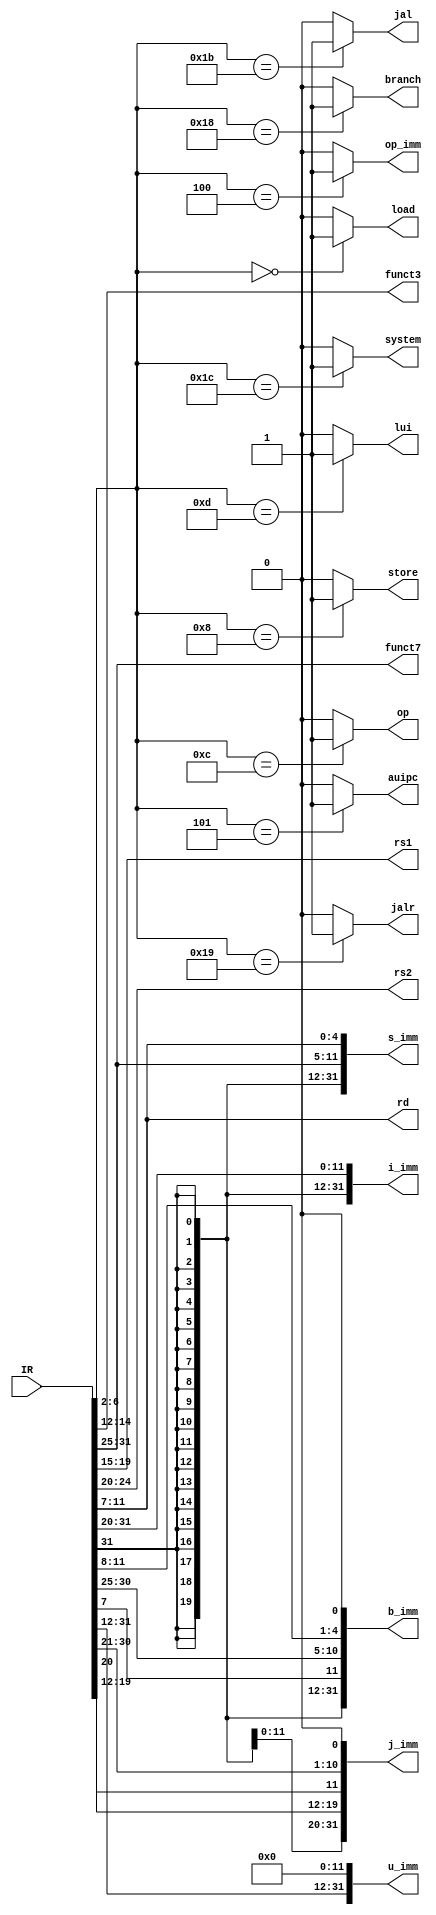
module decoder (input [31:0] IR,
                output [2:0] funct3,
                output [6:0] funct7,
                output [4:0] rs1,
                output [4:0] rs2,
                output [4:0] rd,
                output [31:0] i_imm,
                output [31:0] s_imm,
                output [31:0] b_imm,
                output [31:0] u_imm,
                output [31:0] j_imm,
                output load,
                output store,
                output branch,
                output jalr,
                output jal,
                output lui,
                output auipc,
                output op_imm,
                output op,
                output system);
assign funct3[2:0] = IR[14:12];
assign funct7[6:0] = IR[31:25];
assign rs1[4:0]    = IR[19:15];
assign rs2[4:0]    = IR[24:20];
assign rd[4:0]     = IR[11:7];
assign i_imm[31:0] = { {21{IR[31]}}, IR[30:25], IR[24:21], IR[20] };
assign s_imm[31:0] = { {21{IR[31]}}, IR[30:25], IR[11:8], IR[7] };
assign b_imm[31:0] = { {20{IR[31]}}, IR[7], IR[30:25], IR[11:8], 1'b0 };
assign u_imm[31:0] = { IR[31], IR[30:20], IR[19:12], 12'b0 };
assign j_imm[31:0] = { {12{IR[31]}}, IR[19:12], IR[20], IR[30:25], IR[24:21], 1'b0 };
wire [4:0] opcode;
assign opcode[4:0] = IR[6:2];
assign load        = opcode[4:0] == 5'b00000 ? 1'b1 : 1'b0; // lh lu lw ...
assign store       = opcode[4:0] == 5'b01000 ? 1'b1 : 1'b0; // sw sh ...
assign branch      = opcode[4:0] == 5'b11000 ? 1'b1 : 1'b0; // bge ...
assign jalr        = opcode[4:0] == 5'b11001 ? 1'b1 : 1'b0; 
assign jal         = opcode[4:0] == 5'b11011 ? 1'b1 : 1'b0;
assign lui         = opcode[4:0] == 5'b01101 ? 1'b1 : 1'b0;
assign auipc       = opcode[4:0] == 5'b00101 ? 1'b1 : 1'b0;
assign op_imm      = opcode[4:0] == 5'b00100 ? 1'b1 : 1'b0; // addi xori ...
assign op          = opcode[4:0] == 5'b01100 ? 1'b1 : 1'b0; // add xor ...
assign system      = opcode[4:0] == 5'b11100 ? 1'b1 : 1'b0; // ecall csrxxx ebreak ...
endmodule